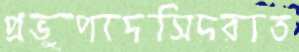
প্রভুপাদসিদরাত